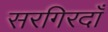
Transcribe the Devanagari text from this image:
सरगिरदाँ